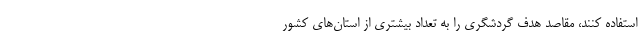
استفاده کنند، مقاصد هدف گردشگری را به تعداد بیشتری از استان‌های کشور